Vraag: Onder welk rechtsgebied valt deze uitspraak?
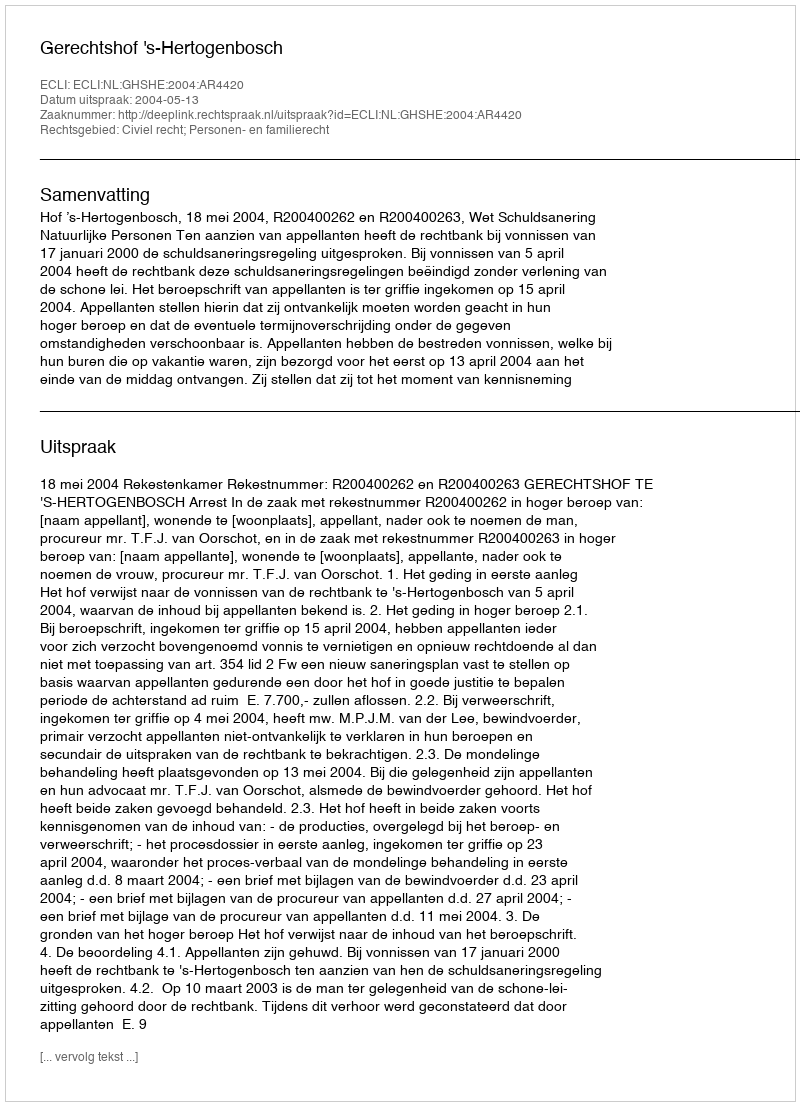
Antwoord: Civiel recht; Personen- en familierecht